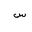
Letter: _sin